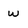
Character: w